Annual report on the Civil Veterinary Department, Burma (including the Insein Veterinary School) - 1923-1931
Year: 1923
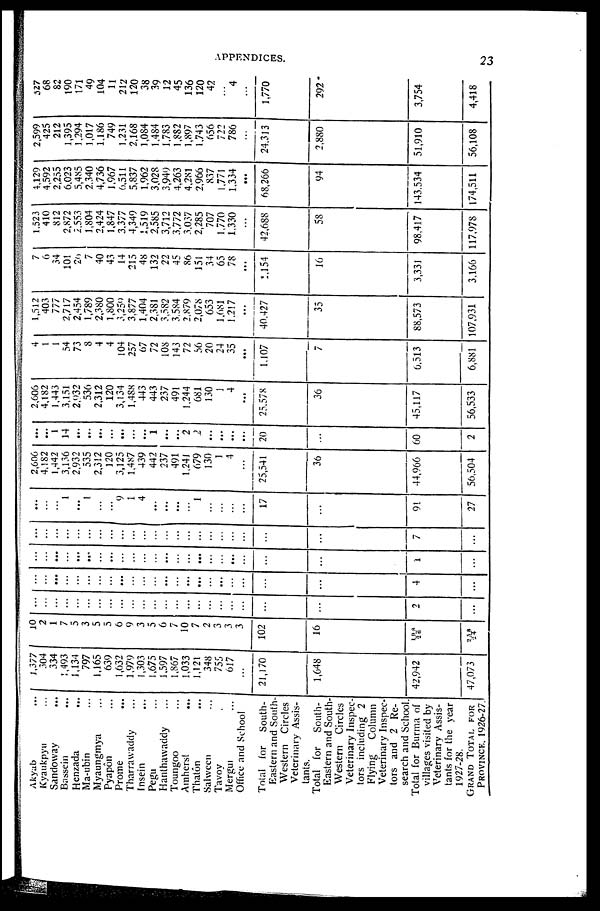
APPENDICES.
23
Akyab
...
Kyaukpyu ...
Sandoway
...
Bassein
...
Henzada
...
Ma-ubin ...
Myaungmya ...
Pyapôn ...
Prome
...
Tharrawaddy ...
Insein
...
Pegu ...
Hanthawaddy ...
Toungoo ...
Amherst
...
Thatôn ...
Salween ...
Tavoy ...
Mergui ...
Office and School ...
Total for South-
Eastern and South-
western Circles
Veterinary Assis-
tants.
Total for South-
Eastern and South-
western Circles
Veterinary Inspec-
tors including 2
Flying Column
Veterinary Inspec-
tors and 2 Re-
search and School.
Total for Burma of
villages visited by
Veterinary Assis-
tants for the year
1927-28.
GRAND TOTAL FOR
PROVINCE, 1926-27.
1,377
304
334
1,493
1,134
797
1,165
639
1,632
1,979
1,303
1,675
1,597
1,867
1,033
1,121
348
755
617
...
21,170
1,648
42,942
47,073
10
2
1
7
5
3
5
5
6
9
3
5
6
7
10
7
2
3
3
3
102
16
198
26
258
24
...
...
...
...
...
...
...
...
...
...
...
...
...
...
...
...
...
...
...
...
...
...
2
...
...
...
...
...
...
...
...
...
...
...
...
...
...
...
...
...
...
...
...
...
...
...
4
...
...
...
...
...
...
...
...
...
...
...
...
...
...
...
...
...
...
...
...
...
...
...
1
...
...
...
...
...
...
...
...
...
...
...
...
...
...
...
...
...
...
...
...
...
...
...
7
...
...
...
...
1
...
1
...
...
9
1
4
...
...
...
...
1
...
...
...
...
17
...
91
27
2,606
4,182
1,442
3,136
2,932
535
2,312
120
3,125
1,487
439
442
237
491
1,241
679
130
1
4
...
25,541
36
44,966
56,504
...
...
1
14
...
...
...
...
...
...
...
1
...
...
2
2
...
...
...
...
20
...
60
2
2,606
4,182
1,443
3,151
2,932
536
2,312
120
3,134
1,488
443
443
237
491
1,244
681
130
1
4
...
25,578
36
45,117
56,533
4
1
1
54
73
8
4
4
104
257
67
72
108
143
72
56
20
24
35
...
1,107
7
6,513
6,881
1,512
403
777
2,717
2,454
1,789
2,380
1,800
3,259
3,877
1,404
2,381
3,582
3,584
2,879
2,078
653
1,681
1,217
...
40,427
35
88,573
107,931
7
6
34
101
26
7
40
43
14
215
48
132
22
45
86
151
34
65
78
...
1,154
16
3,331
3,166
1,523
410
812
2,872
2,553
1,804
2,424
1,847
3,377
4,349
1,519
2,585
3,712
3,772
3,037
2,285
707
1,770
1,330
...
42,688
58
98,417
117,978
4,129
4,592
2,255
6,023
5,485
2,340
4,736
1,967
6,511
5,837
1,962
3,028
3,949
4,263
4,281
2,966
837
1,771
1,334
...
68,266
94
143,534
174,511
2,599
425
212
1,395
1,294
1,017
1,186
749
1,231
2,168
1,084
1,484
1,783
1,882
1,897
1,743
656
722
786
...
24,313
2,880
51,910
56,108
327
68
82
190
171
49
104
11
212
120
38
39
12
45
136
120
42
...
4
...
1,770
292
3,754
4,418